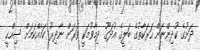
ދަށުގެ ކުދިންނަށް ހަރަކާތުގެ ބަލީގެ އުދަގޫ ދިމާވުމަކީ ވަރަށް ނާދިރު ކަމެއްކަމަށް ޞިއްޙީ